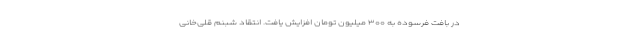
در بافت فرسوده به ۳۰۰ میلیون تومان افزایش یافت. انتقاد شبنم قلی‌خانی